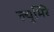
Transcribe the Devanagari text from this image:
ल्युमिरे